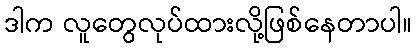
ဒါက လူတွေလုပ်ထားလို့ဖြစ်နေတာပါ။